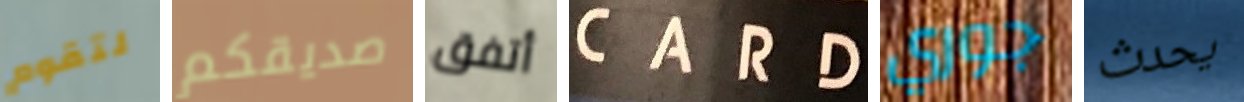
لتقوم صديقكم أتفق CARD جوري يحدث